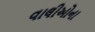
વાલીઓના